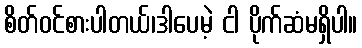
စိတ်ဝင်စားပါတယ်၊ဒါပေမဲ့ ငါ ပိုက်ဆံမရှိပါ။